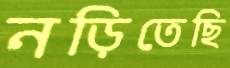
নড়িতেছি